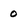
Character: o